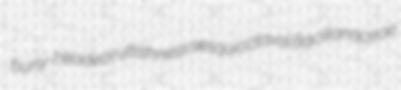
burly-headed ruttishness sesquioctaval Bacillariaceae